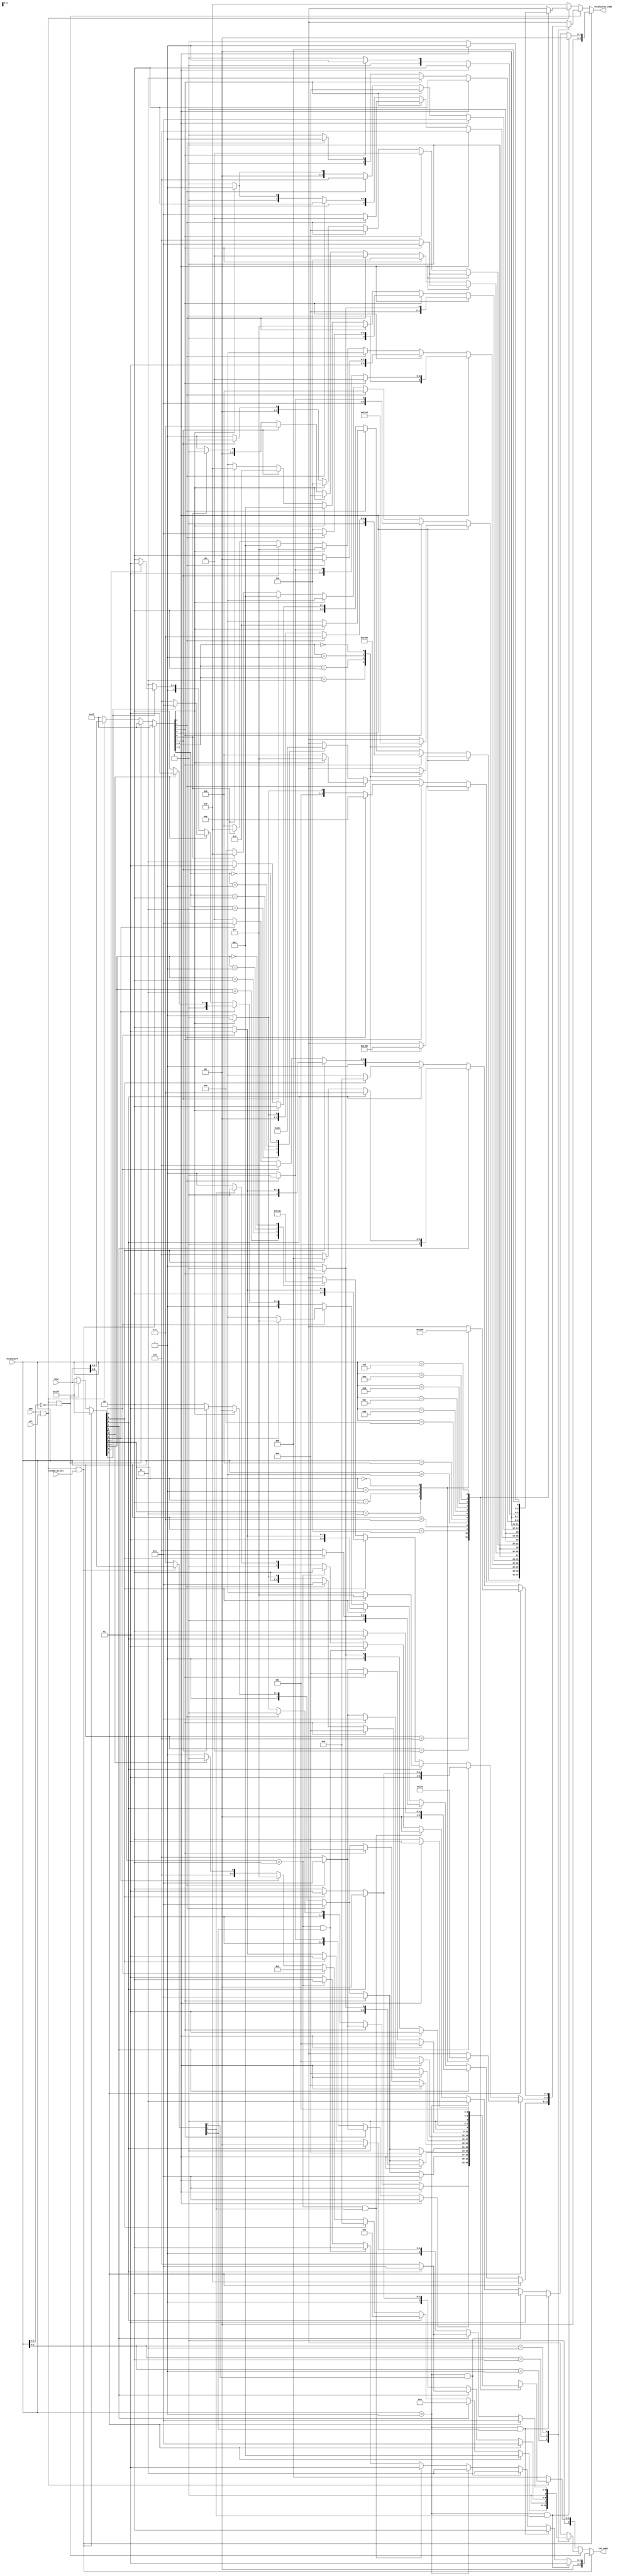
`define cavlc_idle_bit     				0
`define cavlc_read_total_coeffs_bit	1
`define cavlc_read_t1s_flags_bit	2
`define cavlc_read_level_prefix_bit     3
`define cavlc_read_level_suffix_bit     4
`define cavlc_calc_level_bit		5
`define cavlc_read_total_zeros_bit  	6
`define cavlc_read_run_befores_bit  	7
`define cavlc_idle_s     		8'b00000001
`define cavlc_read_total_coeffs_s     	8'b00000010
`define cavlc_read_t1s_flags_s		8'b00000100
`define cavlc_read_level_prefix_s     	8'b00001000
`define cavlc_read_level_suffix_s     	8'b00010000
`define cavlc_calc_level_s		8'b00100000
`define cavlc_read_total_zeros_s    	8'b01000000
`define cavlc_read_run_befores_s    	8'b10000000

module cavlc_read_total_zeros
(
    ena,
    sel,
    chroma_DC_sel,
    rbsp,
    TotalCoeff,
    TotalZeros_comb,
    len_comb
);
//------------------------
//ports
//------------------------
input   ena;
input   sel;
input   chroma_DC_sel;
input   [0:8]   rbsp;
input   [3:0]   TotalCoeff;

output  [3:0]   TotalZeros_comb;
output  [3:0]   len_comb;

//-------------------------
//rregs
//-------------------------
reg     [3:0]   TotalZeros_comb;    //TotalZeros will be saved as ZeroLeft in module cavlc_read_run_befores 
reg     [3:0]   len_comb;


//for  chroma_DC
reg     [0:2]   rbsp_chroma_DC;         
reg     [1:0]   TotalZeros_chroma_DC;
reg     [1:0]   len_chroma_DC;

//for TotalCoeff <= 3
reg     [0:8]   rbsp_LE3;       
reg     [3:0]   TotalZeros_LE3;
reg     [3:0]   len_LE3;

//for TotalCoeff > 3
reg     [0:5]   rbsp_G3;        
reg     [3:0]   TotalZeros_G3;
reg     [2:0]   len_G3;


//----------------------------------------
//input mux
//----------------------------------------
always @(*)
if (ena && sel && chroma_DC_sel) begin
    rbsp_chroma_DC  <= rbsp[0:2];
    rbsp_LE3        <= 'hffff;
    rbsp_G3         <= 'hffff;
end
else if (ena && sel && TotalCoeff[3:2] == 2'b00) begin
    rbsp_chroma_DC  <= 'hffff;
    rbsp_LE3        <= rbsp[0:8];
    rbsp_G3         <= 'hffff;
end
else if (ena && sel)begin
    rbsp_chroma_DC  <= 'hffff;
    rbsp_LE3        <= 'hffff;
    rbsp_G3         <= rbsp[0:5];
end
else begin
    rbsp_chroma_DC  <= 'hffff;
    rbsp_LE3        <= 'hffff;
    rbsp_G3         <= 'hffff;
end

//----------------------------------------
//TotalZeros_chroma_DC & len_chroma_DC
//----------------------------------------
always @(*)
if ( TotalCoeff == 1 && rbsp_chroma_DC[0] ) begin
    TotalZeros_chroma_DC    <= 0;
    len_chroma_DC           <= 1;
end
else if ( TotalCoeff == 1 && rbsp_chroma_DC[1] ) begin
    TotalZeros_chroma_DC    <= 1;
    len_chroma_DC           <= 2;
end
else if ( TotalCoeff == 1 && rbsp_chroma_DC[2] ) begin
    TotalZeros_chroma_DC    <= 2;
    len_chroma_DC           <= 3;
end
else if ( TotalCoeff == 1 ) begin
    TotalZeros_chroma_DC    <= 3;
    len_chroma_DC           <= 3;
end
else if ( TotalCoeff == 2 && rbsp_chroma_DC[0] ) begin
    TotalZeros_chroma_DC    <= 0;
    len_chroma_DC           <= 1;
end
else if ( TotalCoeff == 2 && rbsp_chroma_DC[1] ) begin
    TotalZeros_chroma_DC    <= 1;
    len_chroma_DC           <= 2;
end
else if ( TotalCoeff == 2 ) begin
    TotalZeros_chroma_DC    <= 2;
    len_chroma_DC           <= 2;
end
else if ( rbsp_chroma_DC[0] ) begin
    TotalZeros_chroma_DC    <= 0;
    len_chroma_DC           <= 1;
end
else begin
    TotalZeros_chroma_DC    <= 1;
    len_chroma_DC           <= 1;
end


//---------------------------------
//TotalZeros_LE3 & len_LE3
//---------------------------------
always @(rbsp_LE3 or TotalCoeff)
case (TotalCoeff[1:0])
1 :begin
    case(1'b1)
    rbsp_LE3[0] : begin
        TotalZeros_LE3  <= 0;
        len_LE3         <= 1;   
    end
    rbsp_LE3[1] : begin
        len_LE3         <= 3;
        if (rbsp_LE3[2])
            TotalZeros_LE3  <= 1;
        else
            TotalZeros_LE3  <= 2;
    end
    rbsp_LE3[2] : begin
        len_LE3         <= 4;
        if (rbsp_LE3[3])
            TotalZeros_LE3  <= 3;
        else
            TotalZeros_LE3  <= 4;
    end
    rbsp_LE3[3] : begin
        len_LE3         <= 5;
        if (rbsp_LE3[4])
            TotalZeros_LE3  <= 5;
        else
            TotalZeros_LE3  <= 6;
    end
    rbsp_LE3[4] : begin
        len_LE3         <= 6;
        if (rbsp_LE3[5])
            TotalZeros_LE3  <= 7;
        else
            TotalZeros_LE3  <= 8;
    end
    rbsp_LE3[5] : begin
        len_LE3         <= 7;
        if (rbsp_LE3[6])
            TotalZeros_LE3  <= 9;
        else
            TotalZeros_LE3  <= 10;
    end
    rbsp_LE3[6] : begin
        len_LE3         <= 8;
        if (rbsp_LE3[7])
            TotalZeros_LE3  <= 11;
        else
            TotalZeros_LE3  <= 12;
    end
    rbsp_LE3[7] : begin
        len_LE3         <= 9;
        if (rbsp_LE3[8])
            TotalZeros_LE3  <= 13;
        else
            TotalZeros_LE3  <= 14;
    end
    default : begin
        len_LE3         <= 9;
        TotalZeros_LE3  <= 15;
    end
    endcase
end
2 : begin
    case(1'b1)
    rbsp_LE3[0] : begin
        len_LE3 <= 3;
        case(rbsp_LE3[1:2])
        'b11 :  TotalZeros_LE3  <= 0;
        'b10 :  TotalZeros_LE3  <= 1;
        'b01 :  TotalZeros_LE3  <= 2;
        'b00 :  TotalZeros_LE3  <= 3;
        endcase
    end
    rbsp_LE3[1] : begin
        if (rbsp_LE3[2]) begin
            TotalZeros_LE3  <= 4;
            len_LE3         <= 3;
        end
        else begin
            len_LE3         <= 4;
            if (rbsp_LE3[3])
                TotalZeros_LE3  <= 5;
            else
                TotalZeros_LE3  <= 6;
        end
    end
    rbsp_LE3[2] : begin
        len_LE3         <= 4;
        if (rbsp_LE3[3])
            TotalZeros_LE3  <= 7;
        else
            TotalZeros_LE3  <= 8;
    end
    rbsp_LE3[3] : begin
        len_LE3         <= 5;
        if (rbsp_LE3[4])
            TotalZeros_LE3  <= 9;
        else
            TotalZeros_LE3  <= 10;
    end
    default : begin
        len_LE3 <= 6;
        case(rbsp_LE3[4:5])
        'b11 :  TotalZeros_LE3  <= 11;
        'b10 :  TotalZeros_LE3  <= 12;
        'b01 :  TotalZeros_LE3  <= 13;
        'b00 :  TotalZeros_LE3  <= 14;
        endcase
    end
    endcase
end
3 : begin
    case(1'b1)
    rbsp_LE3[0] : begin
        len_LE3 <= 3;
        case(rbsp_LE3[1:2])
        'b11 :  TotalZeros_LE3  <= 1;
        'b10 :  TotalZeros_LE3  <= 2;
        'b01 :  TotalZeros_LE3  <= 3;
        'b00 :  TotalZeros_LE3  <= 6;
        endcase
    end
    rbsp_LE3[1] : begin
        if (rbsp_LE3[2]) begin
            TotalZeros_LE3  <= 7;
            len_LE3         <= 3;
        end
        else begin
            len_LE3         <= 4;
            if (rbsp_LE3[3])
                TotalZeros_LE3  <= 0;
            else
                TotalZeros_LE3  <= 4;
        end
    end
    rbsp_LE3[2] : begin
        len_LE3         <= 4;
        if (rbsp_LE3[3])
            TotalZeros_LE3  <= 5;
        else
            TotalZeros_LE3  <= 8;
    end
    rbsp_LE3[3] : begin
        len_LE3         <= 5;
        if (rbsp_LE3[4])
            TotalZeros_LE3  <= 9;
        else
            TotalZeros_LE3  <= 10;
    end
    rbsp_LE3[4] : begin
        len_LE3         <= 5;
        TotalZeros_LE3  <= 12;
    end
    default : begin
        len_LE3 <= 6;
        if(rbsp_LE3[5])
            TotalZeros_LE3  <= 11;
        else
            TotalZeros_LE3  <= 13;      
    end
    endcase
end
default : begin
    len_LE3         <= 'bx;
    TotalZeros_LE3  <= 'bx;
end
endcase

//---------------------------------
//TotalZeros_G3 & len_G3
//---------------------------------
always @(rbsp_G3 or TotalCoeff)
case (TotalCoeff)
4 : begin
    case(1'b1)
    rbsp_G3[0] : begin
        len_G3  <= 3;
        case(rbsp_G3[1:2])
        'b11 :  TotalZeros_G3   <= 1;
        'b10 :  TotalZeros_G3   <= 4;
        'b01 :  TotalZeros_G3   <= 5;
        'b00 :  TotalZeros_G3   <= 6;
        endcase
    end
    rbsp_G3[1] : begin
        if (rbsp_G3[2]) begin
            TotalZeros_G3   <= 8;
            len_G3          <= 3;
        end
        else begin
            len_G3          <= 4;
            if (rbsp_G3[3])
                TotalZeros_G3   <= 2;
            else
                TotalZeros_G3   <= 3;
        end
    end
    rbsp_G3[2] : begin
        len_G3          <= 4;
        if (rbsp_G3[3])
            TotalZeros_G3   <= 7;
        else
            TotalZeros_G3   <= 9;
    end
    default : begin
        len_G3  <= 5;
        case(rbsp_G3[3:4])
        'b11 :  TotalZeros_G3   <= 0;
        'b10 :  TotalZeros_G3   <= 10;
        'b01 :  TotalZeros_G3   <= 11;
        'b00 :  TotalZeros_G3   <= 12;
        endcase
    end
    endcase
end
5 :begin
    case(1'b1)
    rbsp_G3[0] : begin
        len_G3  <= 3;
        case(rbsp_G3[1:2])
        'b11 :  TotalZeros_G3   <= 3;
        'b10 :  TotalZeros_G3   <= 4;
        'b01 :  TotalZeros_G3   <= 5;
        'b00 :  TotalZeros_G3   <= 6;
        endcase
    end
    rbsp_G3[1] : begin
        if (rbsp_G3[2]) begin
            TotalZeros_G3   <= 7;
            len_G3          <= 3;
        end
        else begin
            len_G3          <= 4;
            if (rbsp_G3[3])
                TotalZeros_G3   <= 0;
            else
                TotalZeros_G3   <= 1;
        end
    end
    rbsp_G3[2] : begin
        len_G3          <= 4;
        if (rbsp_G3[3])
            TotalZeros_G3   <= 2;
        else
            TotalZeros_G3   <= 8;
    end
    rbsp_G3[3] : begin
        len_G3          <= 4;
        TotalZeros_G3   <= 10;
    end
    default : begin
        len_G3  <= 5;
        if (rbsp_G3[4])
            TotalZeros_G3   <= 9;
        else
            TotalZeros_G3   <= 11;
    end
    endcase
end
6 : begin
    case(1'b1)
    rbsp_G3[0] : begin
        len_G3  <= 3;
        case(rbsp_G3[1:2])
        'b11 :  TotalZeros_G3   <= 2;
        'b10 :  TotalZeros_G3   <= 3;
        'b01 :  TotalZeros_G3   <= 4;
        'b00 :  TotalZeros_G3   <= 5;
        endcase
    end
    rbsp_G3[1] : begin
        len_G3          <= 3;
        if (rbsp_G3[2])
            TotalZeros_G3   <= 6;
        else
            TotalZeros_G3   <= 7;
    end
    rbsp_G3[2] : begin
        len_G3          <= 3;
        TotalZeros_G3   <= 9;
    end
    rbsp_G3[3] : begin
        len_G3          <= 4;
        TotalZeros_G3   <= 8;
    end
    rbsp_G3[4] : begin
        len_G3          <= 5;
        TotalZeros_G3   <= 1;
    end
    default : begin
        len_G3  <= 6;
        if (rbsp_G3[5])
            TotalZeros_G3   <= 0;
        else
            TotalZeros_G3   <= 10;
    end
    endcase
end
7 :begin
    case(1'b1)
    rbsp_G3[0] : begin
        if (rbsp_G3[1]) begin
            TotalZeros_G3   <= 5;
            len_G3          <= 2;
        end
        else begin
            len_G3          <= 3;
            if (rbsp_G3[2])
                TotalZeros_G3   <= 2;
            else
                TotalZeros_G3   <= 3;
        end
    end
    rbsp_G3[1] : begin
        len_G3  <= 3;
        if (rbsp_G3[2])
            TotalZeros_G3   <= 4;
        else
            TotalZeros_G3   <= 6;
    end
    rbsp_G3[2] : begin
        len_G3          <= 3;
        TotalZeros_G3   <= 8;
    end
    rbsp_G3[3] : begin
        len_G3          <= 4;
        TotalZeros_G3   <= 7;
    end
    rbsp_G3[4] : begin
        len_G3          <= 5;
        TotalZeros_G3   <= 1;
    end
    default : begin
        len_G3          <= 6;
        if (rbsp_G3[5])
            TotalZeros_G3   <= 0;
        else
            TotalZeros_G3   <= 9;
    end
    endcase
end
8 :begin
    case(1'b1)
    rbsp_G3[0] : begin
        len_G3          <= 2;
        if (rbsp_G3[1]) 
            TotalZeros_G3   <= 4;
        else 
            TotalZeros_G3   <= 5;
    end
    rbsp_G3[1] : begin
        len_G3          <= 3;
        if (rbsp_G3[2]) 
            TotalZeros_G3   <= 3;
        else 
            TotalZeros_G3   <= 6;
    end
    rbsp_G3[2] : begin
        len_G3          <= 3;
        TotalZeros_G3   <= 7;
    end
    rbsp_G3[3] : begin
        len_G3          <= 4;
        TotalZeros_G3   <= 1;
    end
    rbsp_G3[4] : begin
        len_G3          <= 5;
        TotalZeros_G3   <= 2;
    end
    default : begin
        len_G3          <= 6;
        if (rbsp_G3[5])
            TotalZeros_G3   <= 0;
        else
            TotalZeros_G3   <= 8;
    end
    endcase
end
9 : begin
    case(1'b1)
    rbsp_G3[0] : begin
        len_G3          <= 2;
        if (rbsp_G3[1]) 
            TotalZeros_G3   <= 3;
        else 
            TotalZeros_G3   <= 4;
    end
    rbsp_G3[1] : begin
        len_G3          <= 2;
        TotalZeros_G3   <= 6;
    end
    rbsp_G3[2] : begin
        len_G3          <= 3;
        TotalZeros_G3   <= 5;
    end
    rbsp_G3[3] : begin
        len_G3          <= 4;
        TotalZeros_G3   <= 2;
    end
    rbsp_G3[4] : begin
        len_G3          <= 5;
        TotalZeros_G3   <= 7;
    end
    default : begin
        len_G3          <= 6;
        if (rbsp_G3[5])
            TotalZeros_G3   <= 0;
        else
            TotalZeros_G3   <= 1;
    end
    endcase
end
10 : begin
    case(1'b1)
    rbsp_G3[0] : begin
        len_G3          <= 2;
        if (rbsp_G3[1]) 
            TotalZeros_G3   <= 3;
        else 
            TotalZeros_G3   <= 4;
    end
    rbsp_G3[1] : begin
        len_G3          <= 2;
        TotalZeros_G3   <= 5;
    end
    rbsp_G3[2] : begin
        len_G3          <= 3;
        TotalZeros_G3   <= 2;
    end
    rbsp_G3[3] : begin
        len_G3          <= 4;
        TotalZeros_G3   <= 6;
    end
    default : begin
        len_G3          <= 5;
        if (rbsp_G3[4])
            TotalZeros_G3   <= 0;
        else
            TotalZeros_G3   <= 1;
    end
    endcase
end
11 : begin
    case(1'b1)
    rbsp_G3[0] : begin
        len_G3          <= 1;
        TotalZeros_G3   <= 4;
    end
    rbsp_G3[1] : begin
        len_G3          <= 3;
        if (rbsp_G3[2]) 
            TotalZeros_G3   <= 5;
        else 
            TotalZeros_G3   <= 3;
    end
    rbsp_G3[2] : begin
        len_G3          <= 3;
        TotalZeros_G3   <= 2;
    end
    default : begin
        len_G3          <= 4;
        if (rbsp_G3[3])
            TotalZeros_G3   <= 1;
        else
            TotalZeros_G3   <= 0;
    end
    endcase
end
12 : begin
    case(1'b1)
    rbsp_G3[0] : begin
        len_G3          <= 1;
        TotalZeros_G3   <= 3;
    end
    rbsp_G3[1] : begin
        len_G3          <= 2;
        TotalZeros_G3   <= 2;
    end
    rbsp_G3[2] : begin
        len_G3          <= 3;
        TotalZeros_G3   <= 4;
    end
    default : begin
        len_G3          <= 4;
        if (rbsp_G3[3])
            TotalZeros_G3   <= 1;
        else
            TotalZeros_G3   <= 0;
    end
    endcase
end
13  :begin
    if (rbsp_G3[0]) begin
        TotalZeros_G3   <= 2;
        len_G3          <= 1;       
    end
    else if (rbsp_G3[1]) begin
        TotalZeros_G3   <= 3;
        len_G3          <= 2;   
    end
    else if (rbsp_G3[2]) begin
        TotalZeros_G3   <= 1;
        len_G3          <= 3;   
    end
    else begin
        TotalZeros_G3   <= 0;
        len_G3          <= 3;       
    end
end
14  : begin
    if (rbsp_G3[0]) begin
        TotalZeros_G3   <= 2;
        len_G3          <= 1;       
    end
    else if (rbsp_G3[1]) begin
        TotalZeros_G3   <= 1;
        len_G3          <= 2;   
    end
    else begin
        TotalZeros_G3   <= 0;
        len_G3          <= 2;       
    end
end
15  : begin
    len_G3  <= 1;
    if (rbsp_G3[0])
        TotalZeros_G3   <= 1;
    else
        TotalZeros_G3   <= 0;
end
default : begin
    len_G3          <= 'bx;
    TotalZeros_G3   <= 'bx;
end
endcase

//---------------------------------
//TotalZeros_comb & len_comb
//---------------------------------
always @(*)
if (ena && sel && chroma_DC_sel) begin
    TotalZeros_comb     <= TotalZeros_chroma_DC;
    len_comb            <= len_chroma_DC;
end
else if (ena && sel && TotalCoeff[3:2] == 2'b00) begin
    TotalZeros_comb     <= TotalZeros_LE3;
    len_comb            <= len_LE3;
end
else if (ena && sel)begin
    TotalZeros_comb     <= TotalZeros_G3;
    len_comb            <= len_G3;
end
else begin
    TotalZeros_comb     <= 0;
    len_comb            <= 0;
end


endmodule